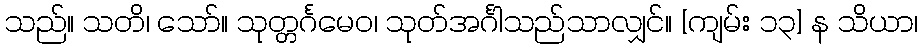
သည်။ သတိ၊ သော်။ သုတ္တင်္ဂမေဝ၊ သုတ်အင်္ဂါသည်သာလျှင်။ [ကျမ်း ၁၃] န သိယာ၊